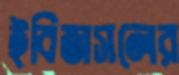
ইবিজসলের